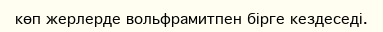
көп жерлерде вольфрамитпен бірге кездеседі.